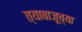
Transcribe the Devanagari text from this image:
त्याबाजूच्या